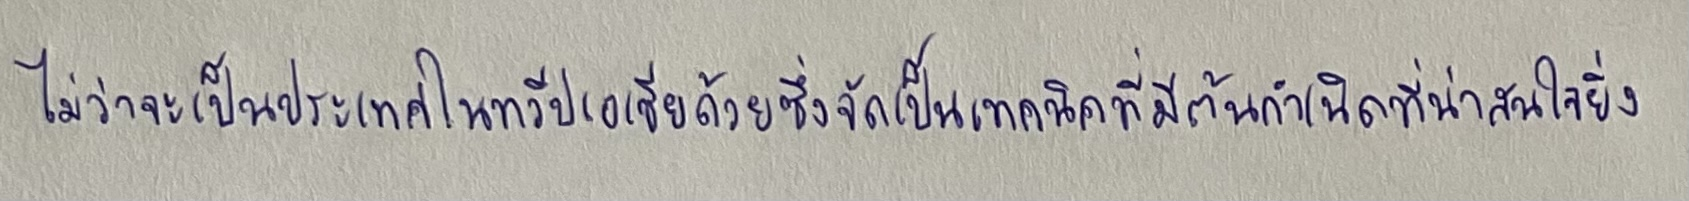
ไม่ว่าจะเป็นประเทศในทวีปเอเชียด้วยซึ่งจัดเป็นเทคนิคที่มีต้นกำเนิดที่น่าสนใจยิ่ง